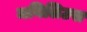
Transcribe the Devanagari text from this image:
मनिलिउस